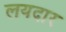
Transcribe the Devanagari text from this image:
लयदार